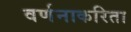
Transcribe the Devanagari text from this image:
वर्णनाकरिता